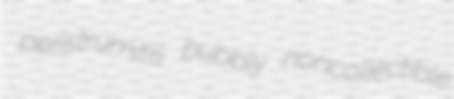
peristrumitis bubbly noncollectible